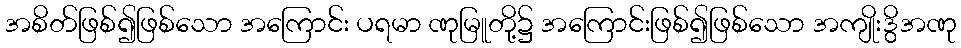
အစိတ်ဖြစ်၍ဖြစ်သော အကြောင်း ပရမာ ဏုမြူတို့၌ အကြောင်းဖြစ်၍ဖြစ်သော အကျိုးဒွိအဏု